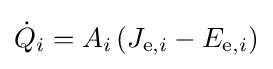
{\dot {Q}}_{i}=A_{i}\left(J_{\mathrm {e} ,i}-E_{\mathrm {e} ,i}\right)